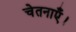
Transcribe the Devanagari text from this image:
चेतनाएँ।